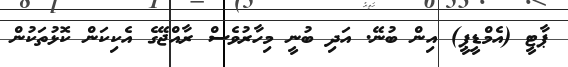
ޕާޓީ (އެމްޑީޕީ) އިން ބުނޭ. އަދި ބުނީ މިހާރުވެސް ރާއްޖޭގެ އެކިކަން ކޮޅުތަކުން